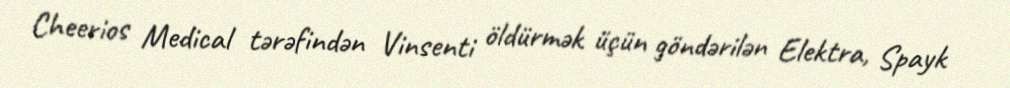
Cheerios Medical tərəfindən Vinsenti öldürmək üçün göndərilən Elektra, Spayk